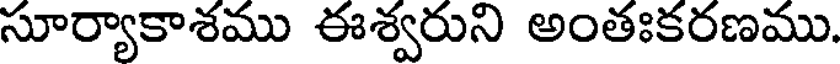
సూర్యాకాశము ఈశ్వరుని అంతఃకరణము.